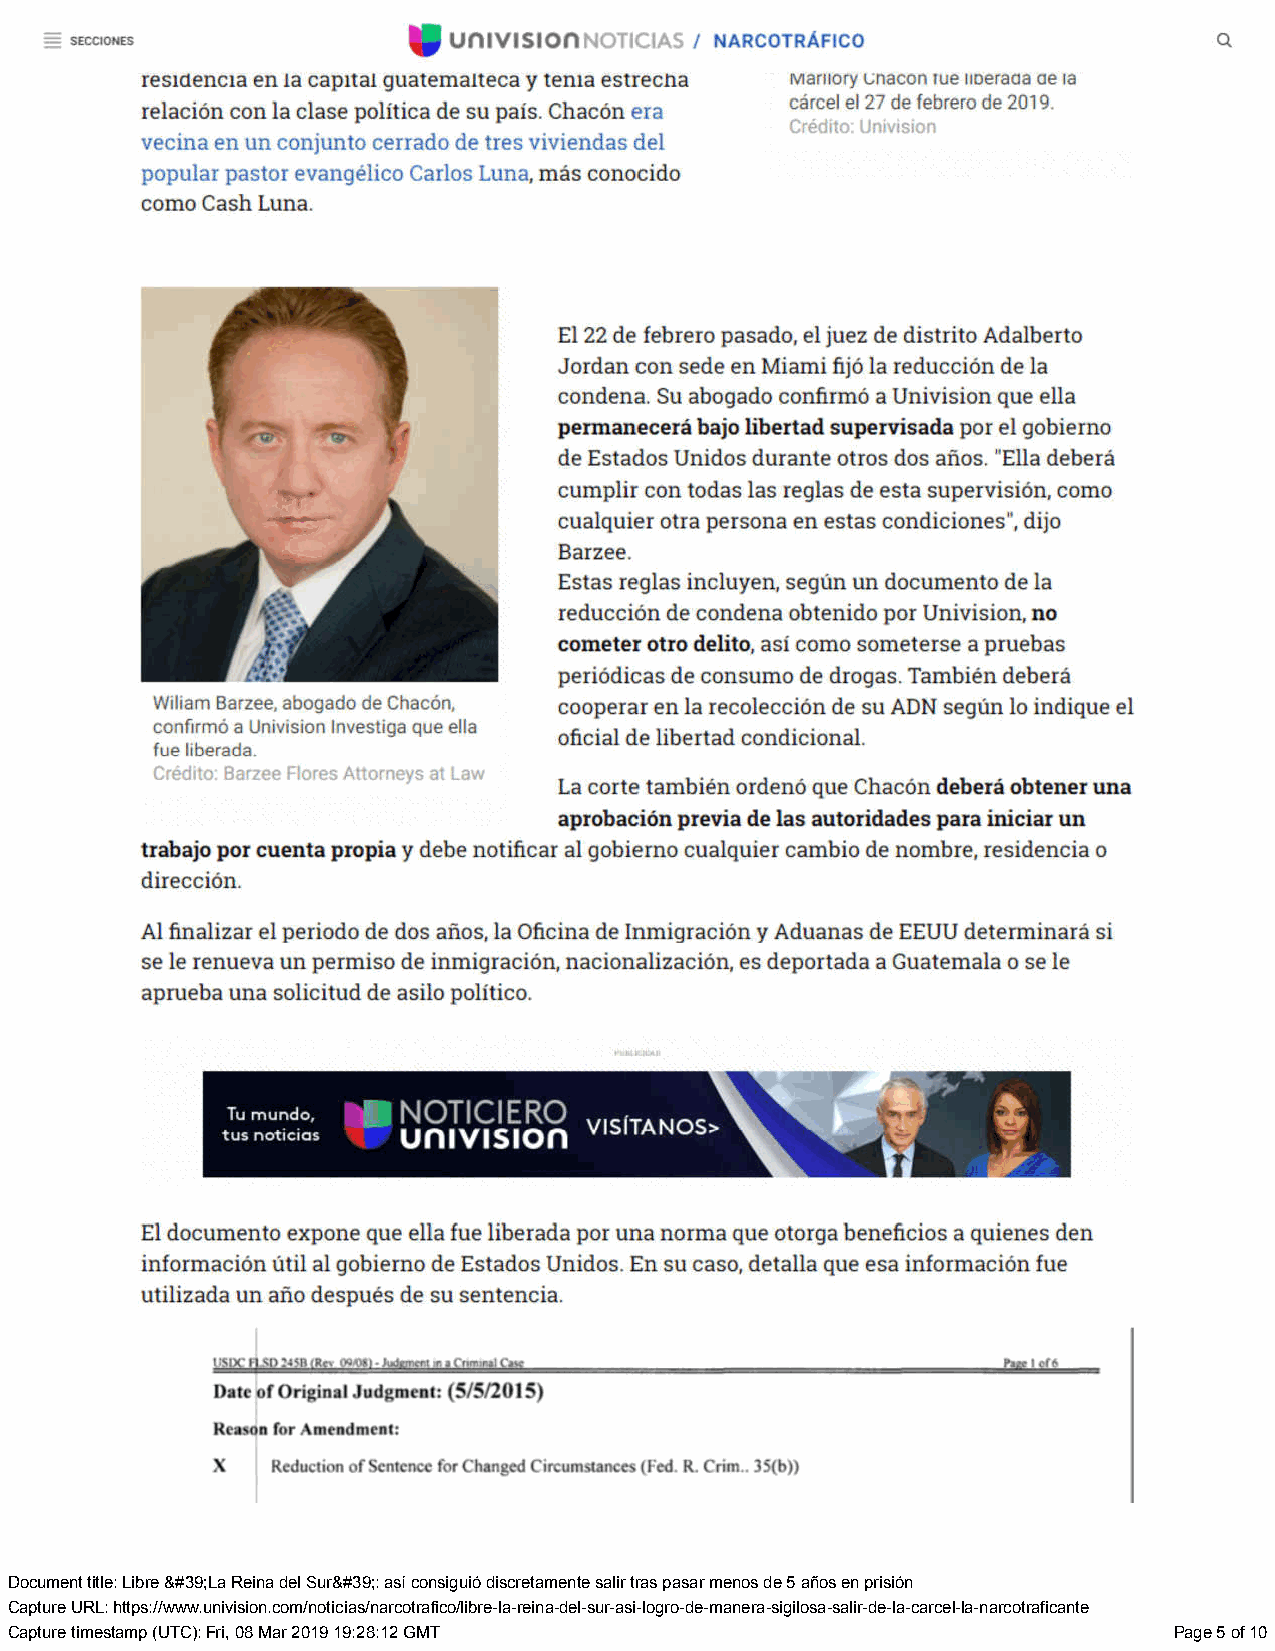
Document title: Libre &#39;La Reina del Sur&#39;: así consiguió discretamente salir tras pasar menos de 5 años en prisión
 Capture URL: https://www.univision.com/noticias/narcotrafico/libre-la-reina-del-sur-asi-logro-de-manera-sigilosa-salir-de-la-carcel-la-narcotraficante
 Capture timestamp (UTC): Fri, 08 Mar 2019 19:28:12 GMT                        Page 5 of 10